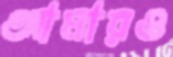
আমারও